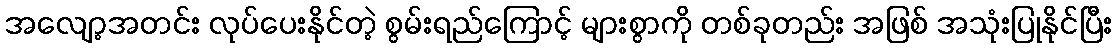
အလျော့အတင်း လုပ်ပေးနိုင်တဲ့ စွမ်းရည်ကြောင့် များစွာကို တစ်ခုတည်း အဖြစ် အသုံးပြုနိုင်ပြီး